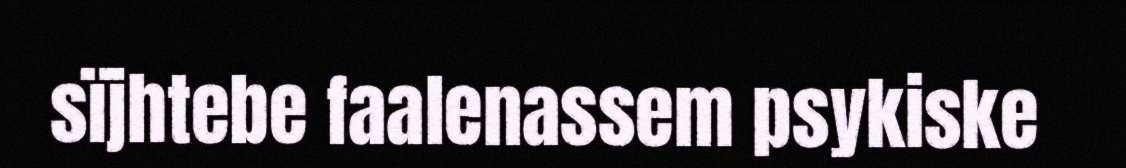
sïjhtebe faalenassem psykiske